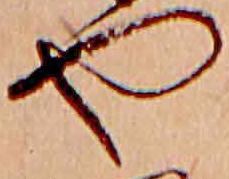
や